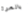
بالمرة